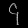
Digit: ၄